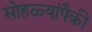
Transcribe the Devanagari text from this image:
सोहळ्यांपैकी